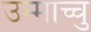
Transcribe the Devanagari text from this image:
उम्माच्चु